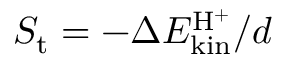
S _ { \mathrm { t } } = - \Delta E _ { \mathrm { k i n } } ^ { \mathrm { H ^ { + } } } / d